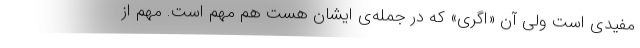
مفیدی است ولی آن «اگری» که در جمله‌ی ایشان هست هم مهم است. مهم از